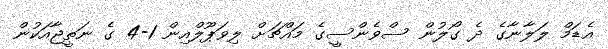
އެޑަމް ލަލާނާގެ ދެ ގޯލުން ސްވެންސީގެ މައްޗަށް ލިވަޕޫލްއިން 1-4 ގެ ނަތީޖާއަކުން